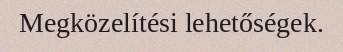
Megközelítési lehetőségek.